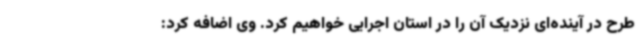
طرح در آینده‌ای نزدیک آن را در استان اجرایی خواهیم کرد. وی اضافه کرد: